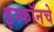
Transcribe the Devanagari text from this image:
इस्कॉनचे